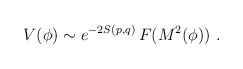
\begin{align*}V(\phi) \sim {e^{-2 S(p,q)} }\, F(M^2(\phi)) \ .\end{align*}